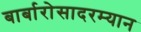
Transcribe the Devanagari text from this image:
बार्बारोसादरम्यान